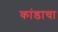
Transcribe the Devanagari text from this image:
कांडाचा